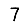
Digit: 7